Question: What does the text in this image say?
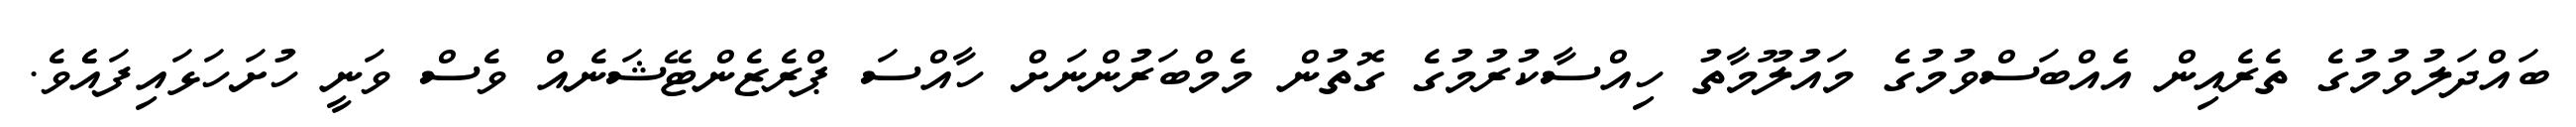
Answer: ބައްދަލުވުމުގެ ތެރެއިން އެއްބަސްވުމުގެ މައުލޫމާތު ހިއްސާކުރުމުގެ ގޮތުން މެމްބަރުންނަށް ހާއްސަ ޕްރެޒެންޓޭޝަނެއް ވެސް ވަނީ ހުށަހަޅައިފައެެވެ.